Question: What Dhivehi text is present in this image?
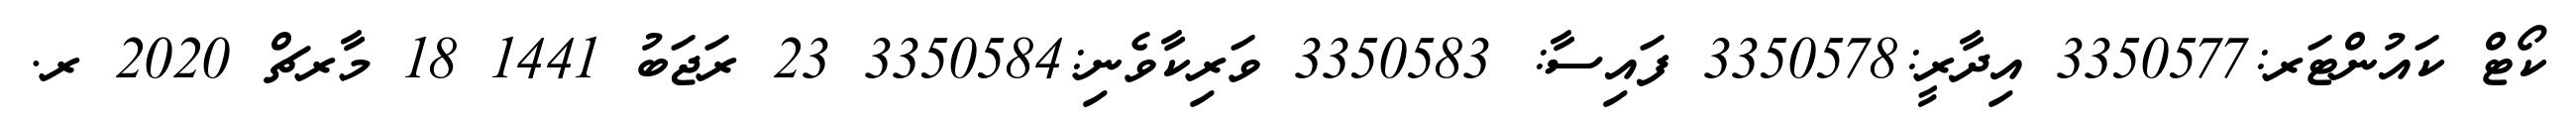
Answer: ކޯޓް ކައުންޓަރ:3350577 އިދާރީ:3350578 ފައިސާ: 3350583 ވަރިކާވެނި:3350584 23 ރަޖަބު 1441 18 މާރޗް 2020 ރ.